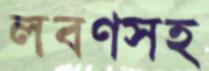
লবণসহ